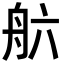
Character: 𮎄